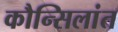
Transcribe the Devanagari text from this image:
कौन्सिलांत